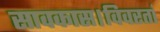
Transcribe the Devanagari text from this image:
सावकास।विवरतां